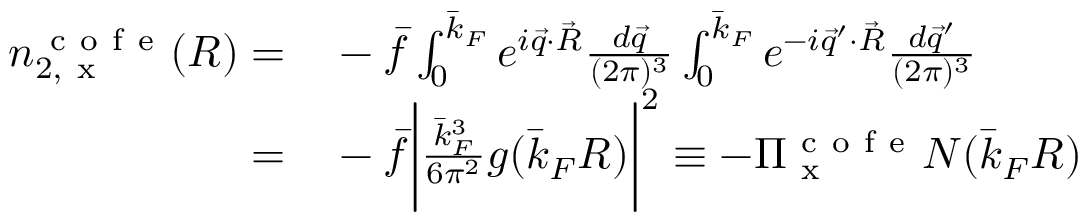
\begin{array} { r l } { n _ { 2 , \mathrm { ~ x ~ } } ^ { \mathrm { ~ c ~ o ~ f ~ e ~ } } ( R ) = } & { { } - \bar { f } \int _ { 0 } ^ { \bar { k } _ { F } } e ^ { i \vec { q } \cdot \vec { R } } \frac { d \vec { q } } { ( 2 \pi ) ^ { 3 } } \int _ { 0 } ^ { \bar { k } _ { F } } e ^ { - i \vec { q } ^ { \prime } \cdot \vec { R } } \frac { d \vec { q } ^ { \prime } } { ( 2 \pi ) ^ { 3 } } } \\ { = } & { { } - \bar { f } \bigg | \frac { \bar { k } _ { F } ^ { 3 } } { 6 \pi ^ { 2 } } g ( \bar { k } _ { F } R ) \bigg | ^ { 2 } \equiv - \Pi _ { \mathrm { ~ x ~ } } ^ { \mathrm { ~ c ~ o ~ f ~ e ~ } } N ( \bar { k } _ { F } R ) } \end{array}